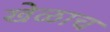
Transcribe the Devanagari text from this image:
खेळाच